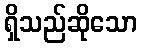
ရှိသည်ဆိုသော